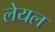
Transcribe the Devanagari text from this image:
लेयल